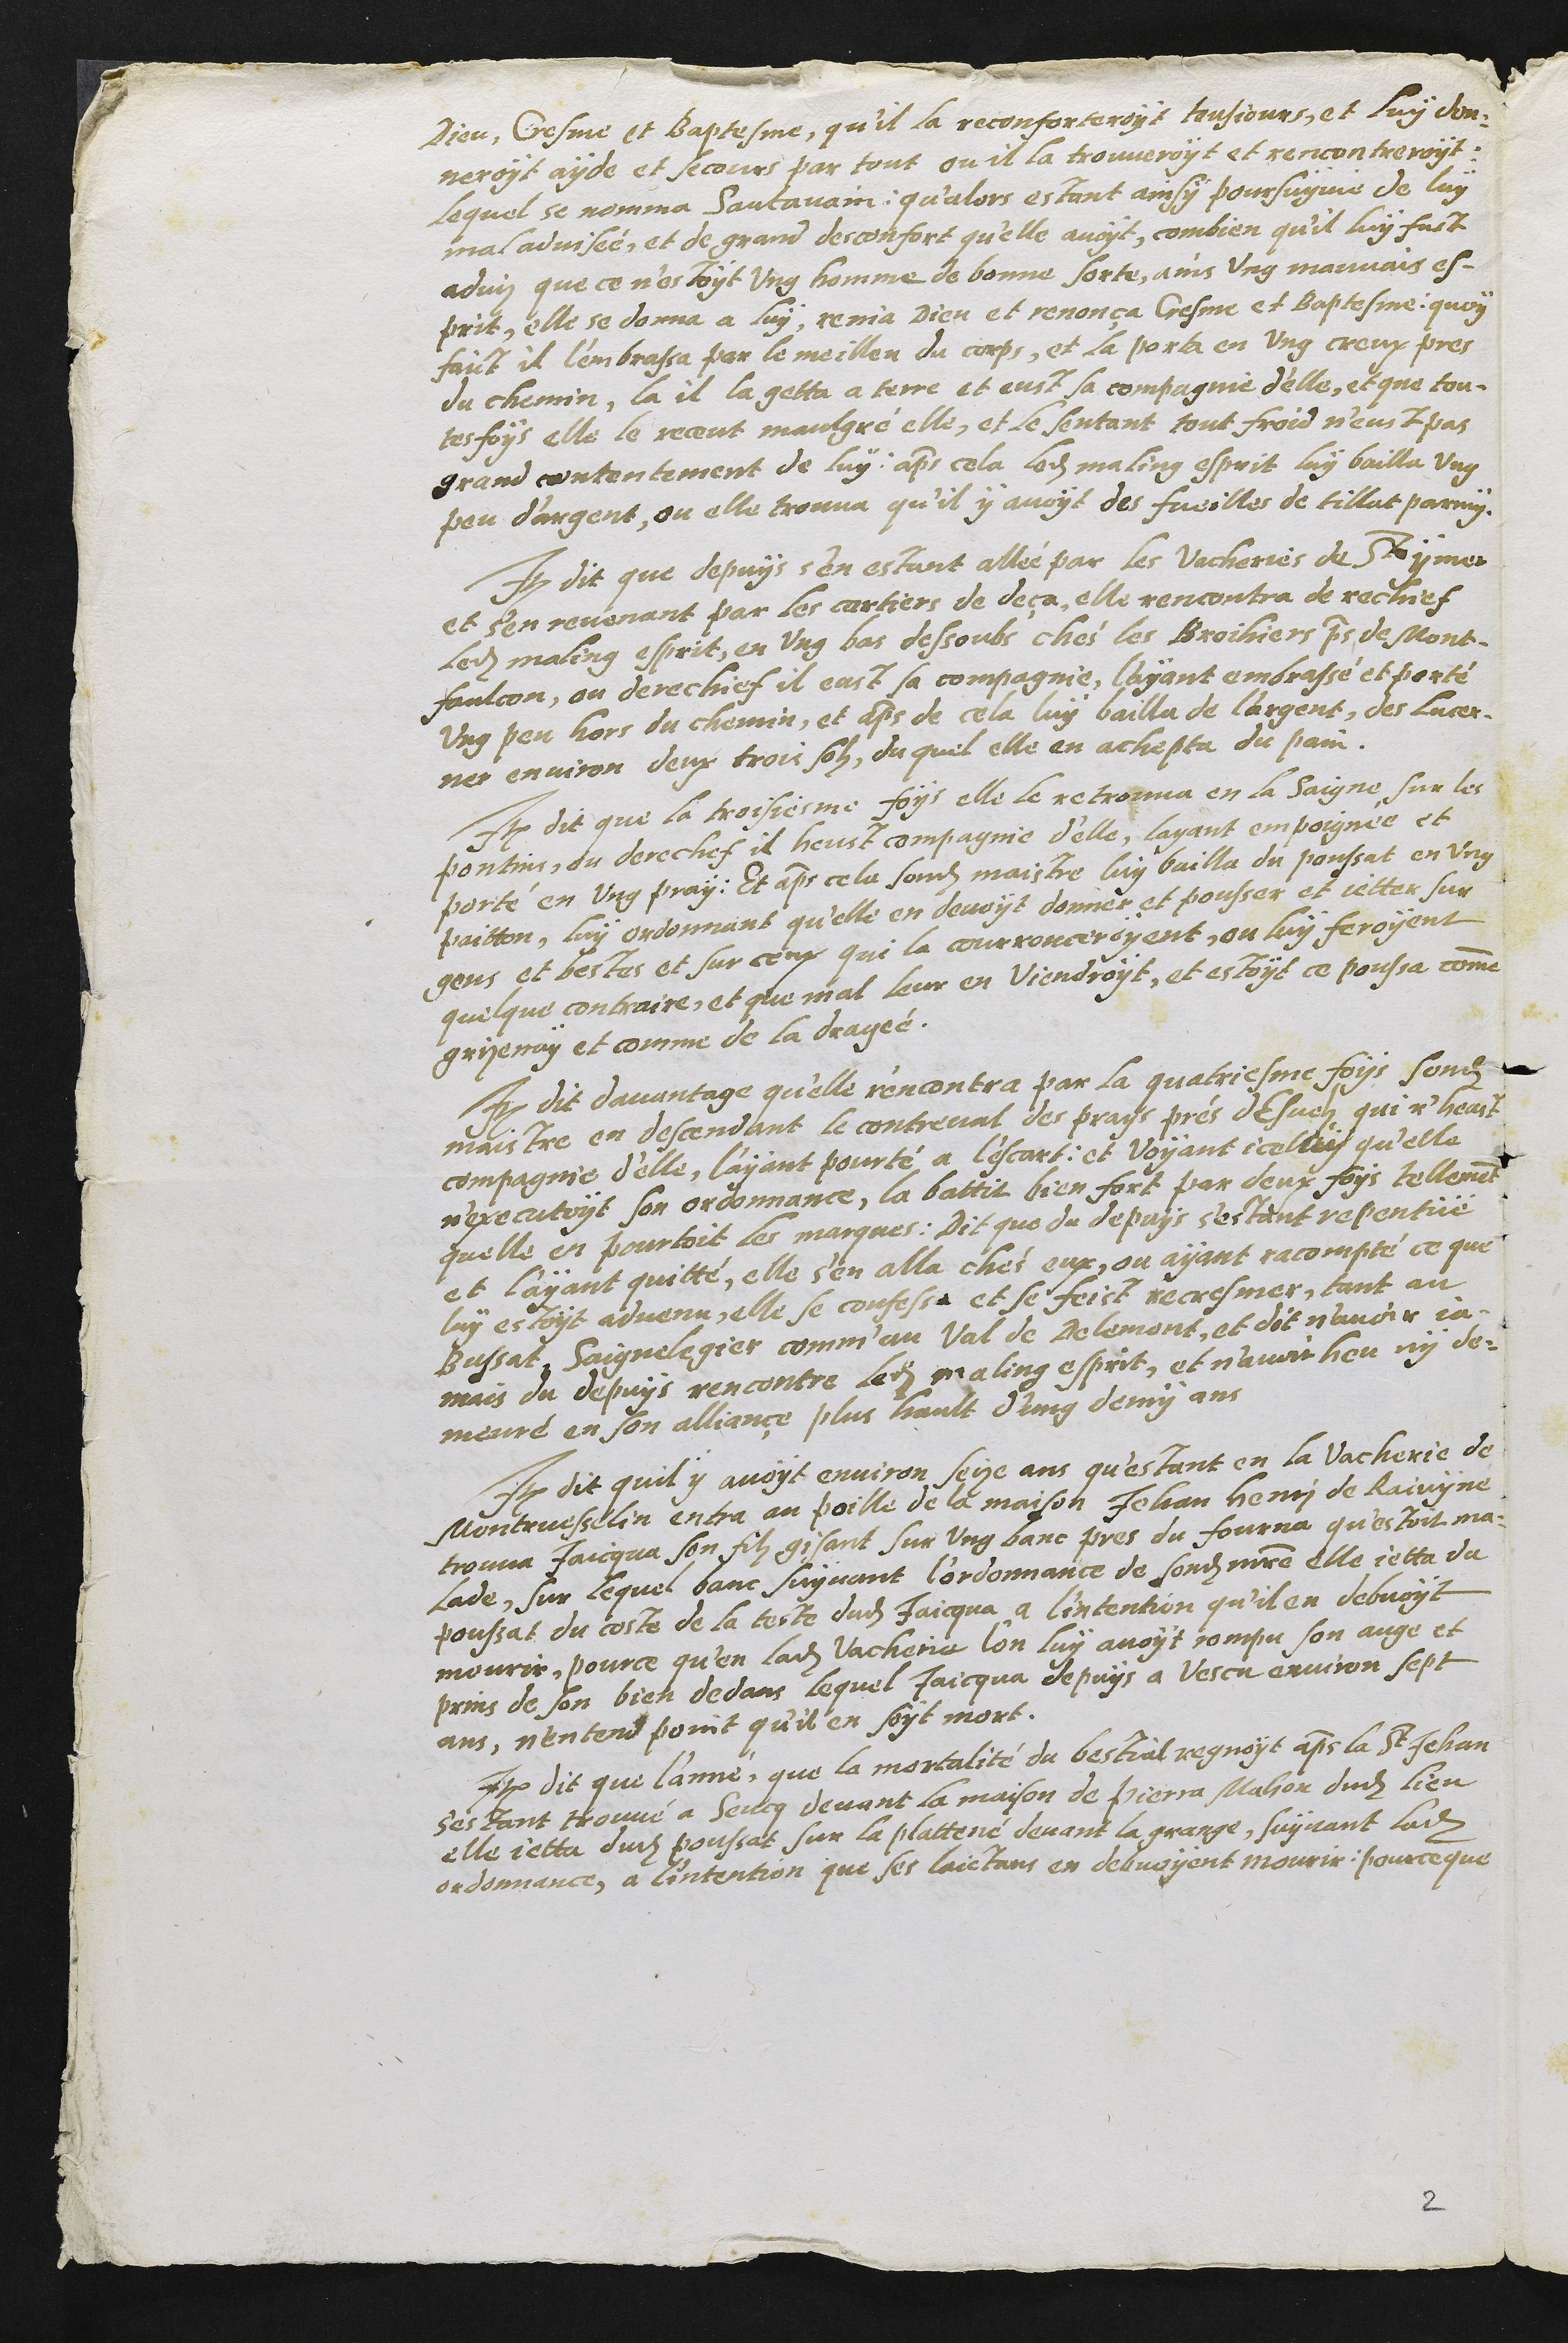
Dieu, Cresme et Baptesme, qu'il la reconforteroyt tousjours, et luy don-
neroyt ayde et secors par tout ou il la trouveroit et rencontreroit
lequel se nomma Sautavain, qu'alors estant ainsi poursuyvie de luy
maladvisée, et de grand desconfort qu'elle avoit, combien qu'il luy fait
adviz que ce n'estoit ung homme de bonne sorte, ains ung mauvais es-
prit, elle se donna a luy, renia Dieu et remonça Cresme et Baptesme quoy
faict il l'embrassa par le meilleu du corps, et la porta en ung creux pres
du chemin, la il la getta a terre et eust sa compagnie d'elle, et que tou-
tesfoys elle le receut maulgré elle, et le sentant tout froid n'eust pas
grand contentement de luy, apres cela ledit maling esprit luy bailla ung
peu d'argent ou elle trouva qu'il y avoyt des fueilles de tillat parmy
Item dit que depuys s'en estant allée par les vacheries de St ymer
et s'en revenant par les cartiers de deça, elle rencontra de rechief
ledit maling esprit en ung bas dessoubs chés les Broihiers pres de Mont-
faulcon, ou derechief il eust sa compagnie, l'ayant embrassé et porté
ung peu hors du chemin et apres de cela luy bailla de largent, des Lucer-
ner environ deux trois solz du quel elle en achepta du pain.
Item dit que la troisiesme foys elle le retrouva en la Saigne sur les
pontins ou derechef il heust compagnie d'elle, layant empoignée et
porté en ung pray. Et apres cela sondit maistre luy bailla du poussat en ung
paitton, luy ordonnant qu'elle en devoyt donner et pousser et jetter sur
gens et bestes et sur ceux qui la courrouceroyent, ou luy feroyent
quelque contraire, et que mal leur en viendroyt, et estoyt ce poussa comme
grizenay et comme de la dragée.
Item dit davantage qu'elle r'encontra par la quatriesme foys sondit
maistre en descendant le contreval des prays près dEsuelz qui n'heust
compagnie d'elle, layant pourté a lescart, et Voyant icelluy qu'elle
n'executoyt son ordonnance, la battit bien fort par deux foys tellement
quelle en pourtoit les marques. Dit que du depuys s'estant repentuë
et l'ayant quitté, elle s'en alla chés eux, ou ayant racompté ce que
luy estoit advenu, elle se confessa et se feict recresmer, tant au
Bussat, Saignelegier comm'au Val de Delemont, et dit navoir ja-
mais du depuys rencontre ledit maling esprit, et n'avoir heu ny de-
meuré en son alliançe plus hault d'ung demy ans
Item dit quil y avoyt environ seize ans qu'estant en la vacherie de
Montruesselin entra au poille de la maison Jehan Henri de Raivyne
trouva Jaicqua son filz gisant sur ung banc pres du fourna qu'estoit ma-
lade, sur lequel banc suyvant l'ordonnance de sondit maistre elle jetta du
poussat du coste de la teste dudit Jaicqua a l'intention qu'il en debvoit
mourrir, pource qu'en ladite Vacherie l'on luy avoyt rompu son auge et
prins de son bien dedans lequel Jaicqua depuys a vescu environ sept
ans, n'entend point qu'il en soyt mort.
Item dit que l'anné que la mortalité du bestial regnoyt apres la St Jehan
s'estant trouvé a Seucq devant la maison de Pierra Mahon dudit lieu,
elle jetta dudit poussat sur la plattené devant la grange, suyvant ladite
ordonnance, a l'intention que ses laictans en debvoyant mourir, pource que
2.